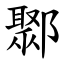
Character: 鄹